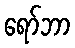
ရော်ဘာ